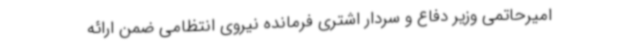
امیرحاتمی وزیر دفاع و سردار اشتری فرمانده نیروی انتظامی ضمن ارائه